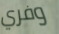
وفري